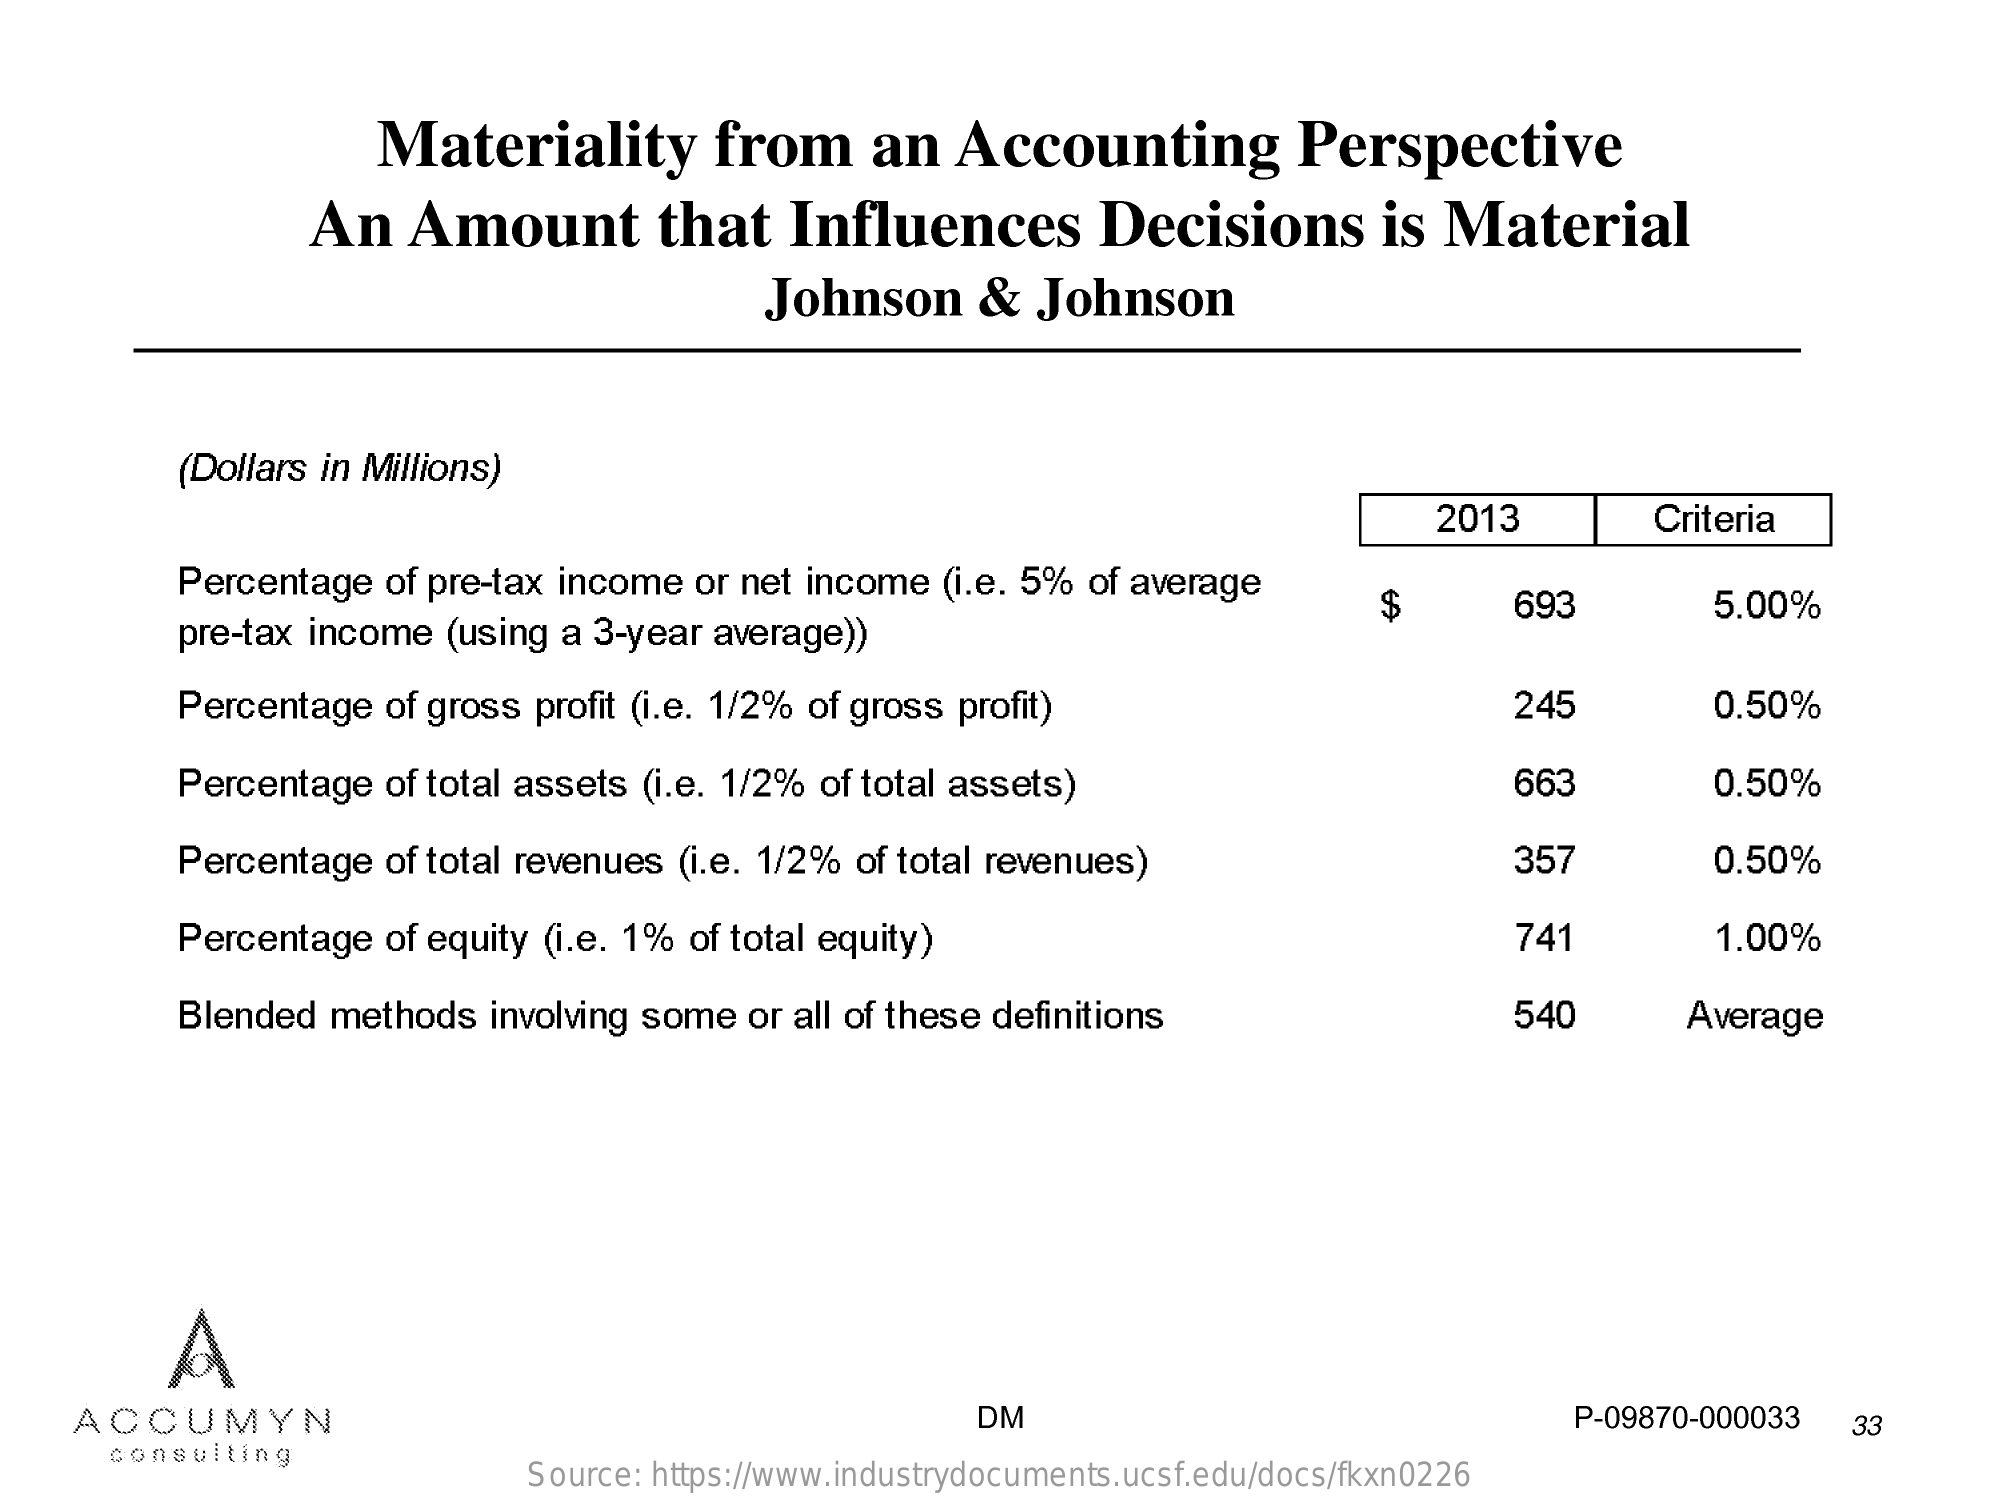
Materiality from  an Accounting  Perspective
     An Amount   that Influences Decisions is Material
     Johnson & Johnson
     (Dollars in Millions)
     2013    Criteria
     Percentage of pre-tax income or net income (i.e. 5% of average
     pre-tax income (using a 3-year average))
     $    693    5.00%
     Percentage of gross profit (i.e. 1/2% of gross profit) 245 0.50%
     Percentage of total assets (i.e. 1/2% of total assets) 663 0.50%
     Percentage of total revenues (i.e. 1/2% of total revenues) 357 0.50%
     Percentage of equity (i.e. 1% of total equity)   741    1.00%
     Blended methods involving some or all of these definitions 540 Average
     A
   ACCUMYN    DM    P-09870-000033 33
    consulting
     Source: https://www.industrydocuments.ucsf.edu/docs/fkxn0226